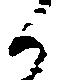
候